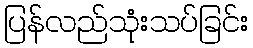
ပြန်လည်သုံးသပ်ခြင်း